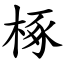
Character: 椓